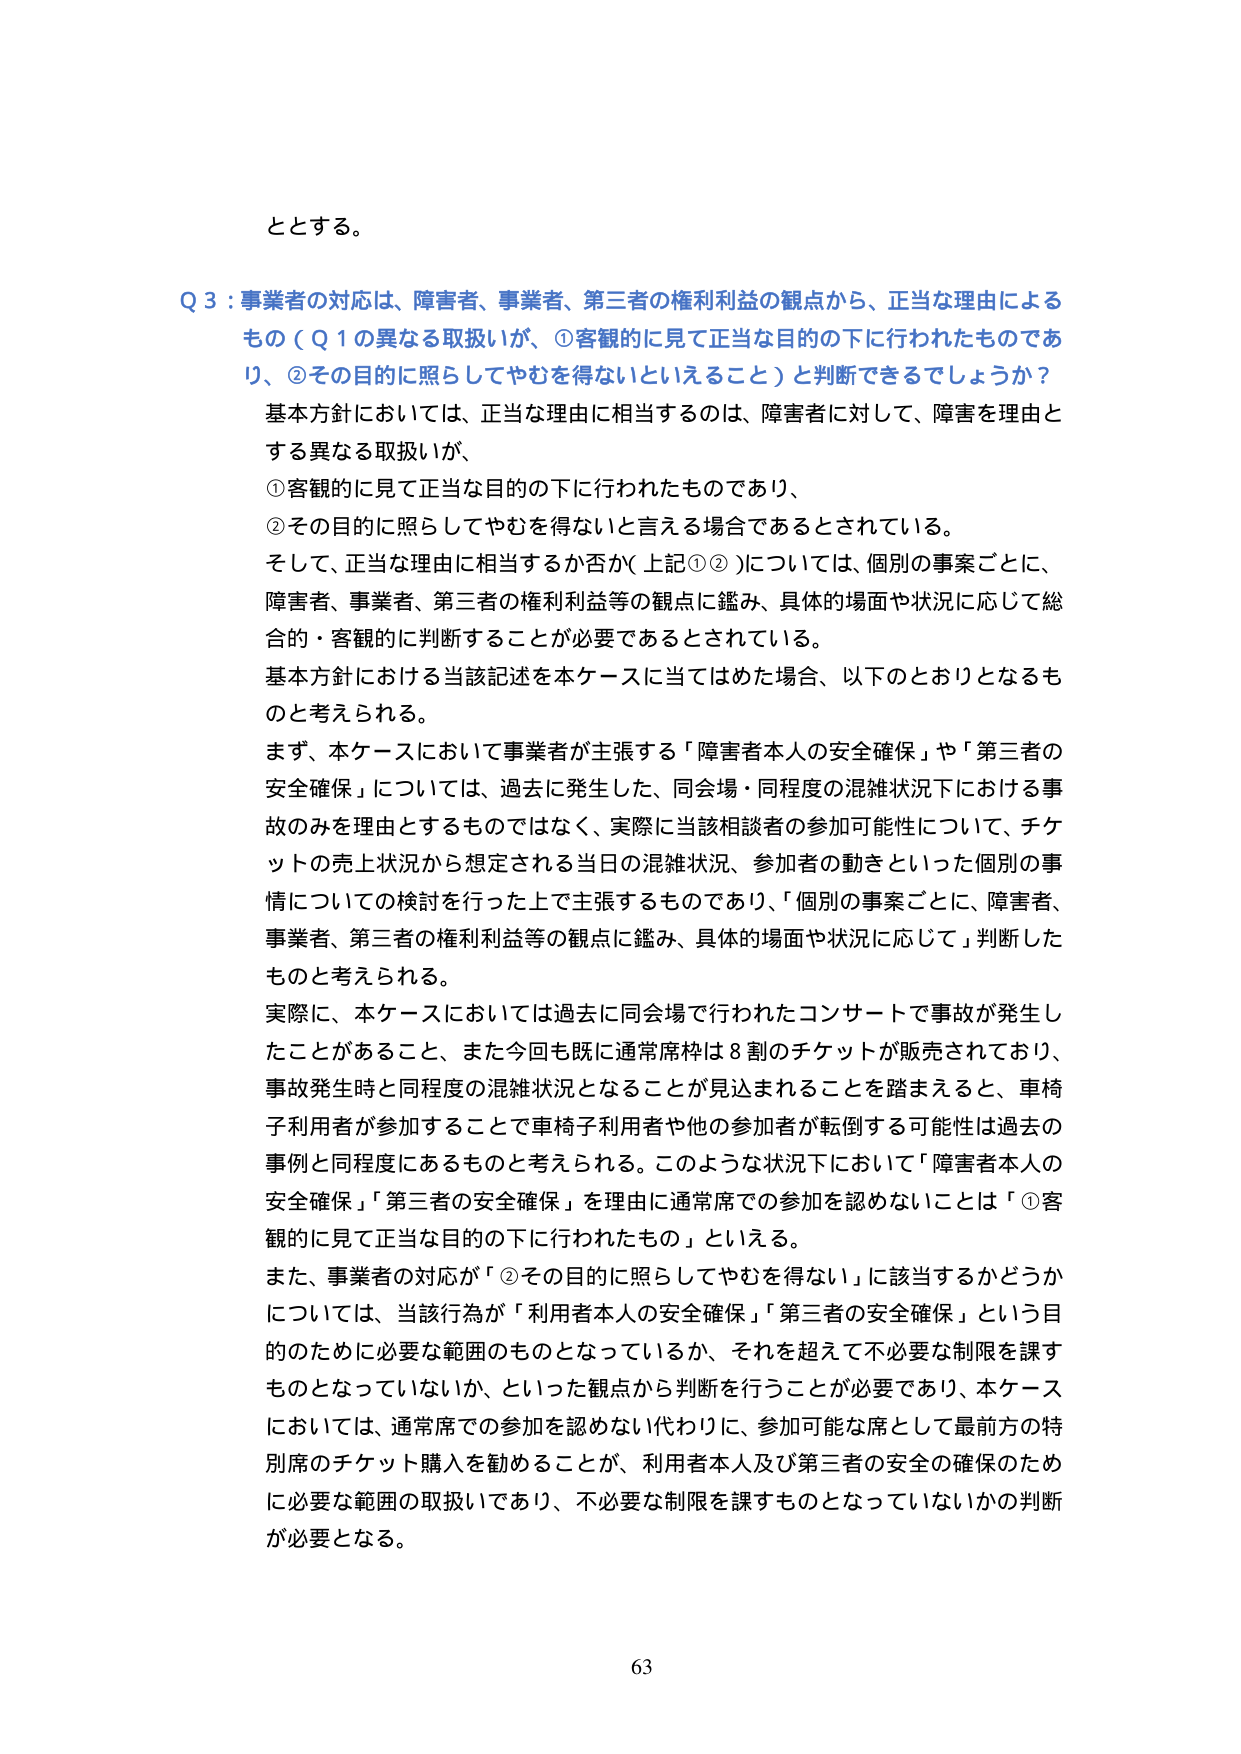
ととする。

Q３：事業者の対応は、障害者、事業者、第三者の権利利益の観点から、正当な理由によるもの（Q１の異なる取扱いが、①客観的に見て正当な目的の下に行われたものであり、②その目的に照らしてやむを得ないといえること）と判断できるでしょうか？

基本方針においては、正当な理由に相当するのは、障害者に対して、障害を理由とする異なる取扱いが、
①客観的に見て正当な目的の下に行われたものであり、
②その目的に照らしてやむを得ないと言える場合であるとされている。
そして、正当な理由に相当するか否か（上記①②）については、個別の事案ごとに、障害者、事業者、第三者の権利利益等の観点に鑑み、具体的場面や状況に応じて総合的・客観的に判断することが必要であるとされている。
基本方針における当該記述を本ケースに当てはめた場合、以下のとおりとなるものと考えられる。

まず、本ケースにおいて事業者が主張する「障害者本人の安全確保」や「第三者の安全確保」については、過去に発生した、同会場・同程度の混雑状況下における事故のみを理由とするものではなく、実際に当該相談者の参加可能性について、チケットの売上状況から想定される当日の混雑状況、参加者の動きといった個別の事情についての検討を行った上で主張するものであり、「個別の事案ごとに、障害者、事業者、第三者の権利利益等の観点に鑑み、具体的場面や状況に応じて」判断したものと考えられる。

実際に、本ケースにおいては過去に同会場で行われたコンサートで事故が発生したことがあること、また今回も既に通常席枠は８割のチケットが販売されており、事故発生時と同程度の混雑状況となることが見込まれることを踏まえると、車椅子利用者が参加することで車椅子利用者や他の参加者が転倒する可能性は過去の事例と同程度にあるものと考えられる。このような状況下において「障害者本人の安全確保」「第三者の安全確保」を理由に通常席での参加を認めないことは「①客観的に見て正当な目的の下に行われたもの」といえる。

また、事業者の対応が「②その目的に照らしてやむを得ない」に該当するかどうかについては、当該行為が「利用者本人の安全確保」「第三者の安全確保」という目的のために必要な範囲のものとなっているか、それを超えて不必要な制限を課すものとなっていないか、といった観点から判断を行うことが必要であり、本ケースにおいては、通常席での参加を認めない代わりに、参加可能な席として最前方の特別席のチケット購入を勧めることが、利用者本人及び第三者の安全の確保のために必要な範囲の取扱いであり、不必要な制限を課すものとなっていないかの判断が必要となる。

63